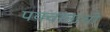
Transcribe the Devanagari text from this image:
पक्वांनाची